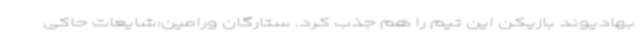
بهادیوند بازیکن این تیم را هم جذب کرد. ستارگان ورامین:شایعات حاکی